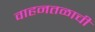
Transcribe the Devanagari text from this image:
वाहनतळाची